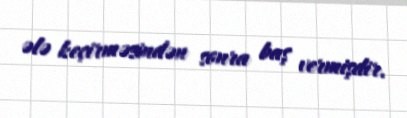
ələ keçirməsindən sonra baş vermişdir.